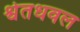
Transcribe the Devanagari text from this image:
श्वेतधवल